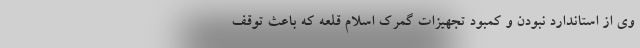
وی از استاندارد نبودن و کمبود تجهیزات گمرک اسلام قلعه که باعث توقف